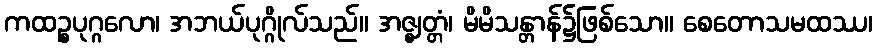
ကထဉ္စပုဂ္ဂလော၊ အဘယ်ပုဂ္ဂိုလ်သည်။ အဇ္ဈတ္တံ၊ မိမိသန္တာန်၌ဖြစ်သော။ စေတောသမထဿ၊